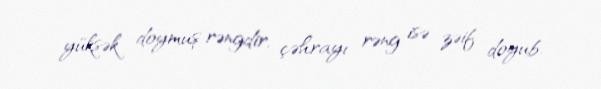
yüksək doymuş rəngdir, çəhrayı rəng isə zəif doyub.